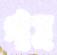
গাম